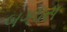
બગધરા